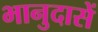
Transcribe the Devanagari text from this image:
भानुदासें